Report of the Indian Hemp Drugs Commission, 1894-1895 - Volume V
Year: 1894
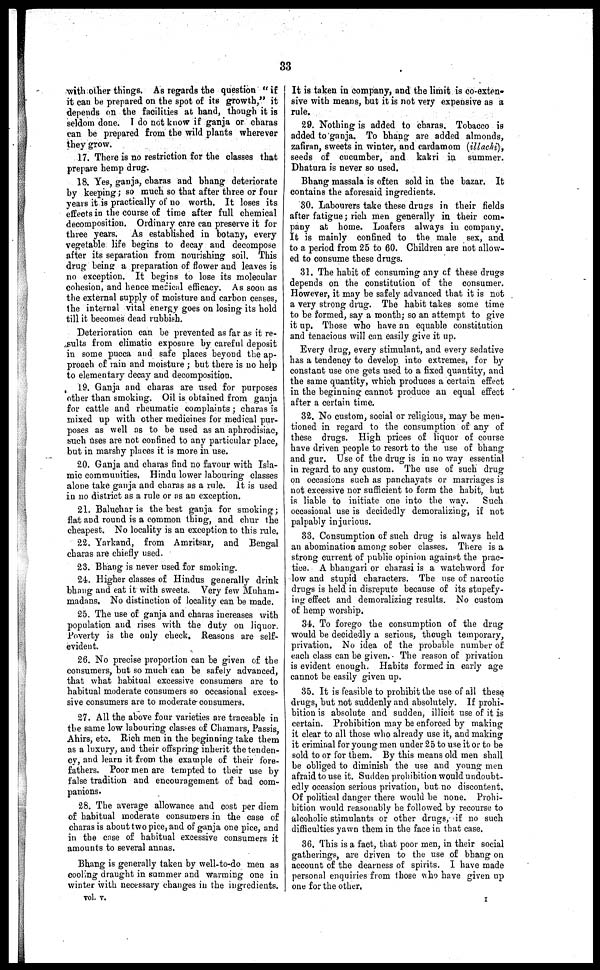
33
with other things. As regards the question "if
it can be prepared on the spot of its growth," it
depends on the facilities at hand, though it is
seldom done. I do not know if ganja or charas
can be prepared from the wild plants wherever
they grow.
17. There is no restriction for the classes that
prepare hemp drug.
18. Yes, ganja, charas and bhang deteriorate
by keeping ; so much so that after three or four
years it is practically of no worth. It loses its
effects in the course of time after full chemical
decomposition. Ordinary care can preserve it for
three years. As established in botany, every
vegetable life begins to decay and decompose
after its separation from nourishing soil. This
drug being a preparation of flower and leaves is
no exception. It begins to lose its molecular
cohesion, and hence medical efficacy. As soon as
the external supply of moisture and carbon ceases,
the internal vital energy goes on losing its hold
till it becomes dead rubbish.
Deterioration can be prevented as far as it re-
sults from climatic exposure by careful deposit
in some pucca and safe places beyond the ap-
proach of rain and moisture ; but there is no help
to elementary decay and decomposition.
19. Ganja and charas are used for purposes
other than smoking. Oil is obtained from ganja
for cattle and rheumatic complaints ; charas is
mixed up with other medicines for medical pur-
poses as well as to be used as an aphrodisiac,
such vises are not confined to any particular place,
but in marshy places it is more in use.
20. Ganja and charas find no favour with Isla-
mic communities. Hindu lower labouring classes
alone take ganja and charas as a rule. It is used
in no district as a rule or as an exception.
21. Baluchar is the best ganja for smoking ;
flat and round is a common thing, and chur the
cheapest. No locality is an exception to this rule.
22. Yarkand, from Amritsar, and Bengal
charas are chiefly used.
23. Bhang is never used for smoking.
24. Higher classes of Hindus generally drink
bhang and eat it with sweets. Very few Muham-
madans. No distinction of locality can be made.
25. The use of ganja and charas increases with
population and rises with the duty on liquor.
Poverty is the only check. Reasons are self-
evident.
26. No precise proportion can be given of the
consumers, but so much can be safely advanced,
that what habitual excessive consumers are to
habitual moderate consumers so occasional exces-
sive consumers are to moderate consumers.
27. All the above four varieties are traceable in
the same low labouring classes of Chamars, Passis,
Ahirs, etc. Rich men in the beginning take them
as a luxury, and their offspring inherit the tenden-
cy, and learn it from the example of their fore-
fathers. Poor men are tempted to their use by
false tradition and encouragement of bad com-
panions.
28. The average allowance and cost per diem
of habitual moderate consumers in the case of
charas is about two pice, and of ganja one pice, and
in the case of habitual excessive consumers it
amounts to several annas.
Bhang is generally taken by well-to-do men as
cooling draught in summer and warming one in
winter with necessary changes in the ingredients.
vol. v.
It is taken in company, and the limit is co-exten-
sive with means, but it is not very expensive as a
rule.
29. Nothing is added to charas. Tobacco is
added to ganja. To bhang are added almonds,
zafiran, sweets in winter, and cardamom (illachi),
seeds of cucumber, and kakri in summer.
Dhatura is never so used.
Bhang massala is often sold in the bazar. It
contains the aforesaid ingredients.
30. Labourers take these drugs in their fields
after fatigue ; rich men generally in their com-
pany at home. Loafers always in company.
It is mainly confined to the male sex, and
to a period from 25 to 60. Children are not allow-
ed to consume these drugs.
31. The habit of consuming any of these drugs
depends on the constitution of the consumer.
However, it may be safely advanced that it is not
a very strong drug. The habit takes some time
to be formed, say a month; so an attempt to give
it up. Those who have an equable constitution
and tenacious will can easily give it up.
Every drug, every stimulant, and every sedative
has a tendency to develop into extremes, for by
constant use one gets used to a fixed quantity, and
the same quantity, which produces a certain effect
in the beginning cannot produce an equal effect
after a certain time.
32. No custom, social or religious, may be men-
tioned in regard to the consumption of any of
these drugs. High prices of liquor of course
have driven people to resort to the use of bhang
and gur. Use of the drug is in no way essential
in regard to any custom. The use of such drug
on occasions such as panchayats or marriages is
not excessive nor sufficient to form the habit, but
is liable to initiate one into the way. Such
occasional use is decidedly demoralizing, if not
palpably injurious.
33. Consumption of such drug is always held
an abomination among sober classes. There is a
strong current of public opinion against the prac-
tice. A bhangari or charasi is a watchword for-
low and stupid characters. The use of narcotic
drugs is held in disrepute because of its stupefy-
ing effect and demoralizing results. No custom
of hemp worship.
34. To forego the consumption of the drug
would be decidedly a serious, though temporary,
privation. No idea of the probable number of
each class can be given. The reason of privation
is evident enough. Habits formed in early age
cannot be easily given up.
35. It is feasible to prohibit the use of all these
drugs, but not suddenly and absolutely. If prohi-
bition is absolute and sudden, illicit use of it is
certain. Prohibition may be enforced by making
it clear to all those who already use it, and making
it criminal for young men under 25 to use it or to be
sold to or for them. By this means old men shall
be obliged to diminish the use and young men
afraid to use it. Sudden prohibition would undoubt-
edly occasion serious privation, but no discontent.
Of political danger there would be none. Prohi-
bition would reasonably be followed by recourse to
alcoholic stimulants or other drugs, if no such
difficulties yawn them in the face in that case.
36. This is a fact, that poor men, in their social
gatherings, are driven to the use of bhang on
account of the dearness of spirits. I have made
personal enquiries from those who have given up
one for the other.
I